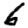
Digit: 6